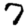
Digit: 7